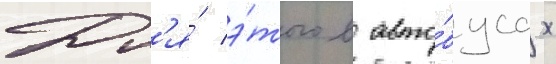
Дл'я́ э́того в авто́бусах